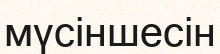
мүсіншесін